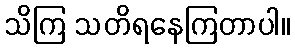
သိကြ သတိရနေကြတာပါ။